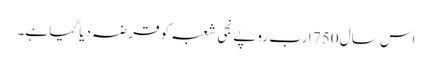
اس سال 750 ارب روپے نجی شعبہ کو قرضہ دیا گیا ہے۔